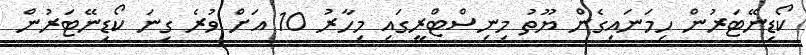
ކޯޑިނޭޓަރުން ހިމަނައިގެން ޔޫތު މިނިސްޓްރީގައި މިހާރު 10 އަށް ވުރެ ގިނަ ކޯޑިނޭޓަރުން